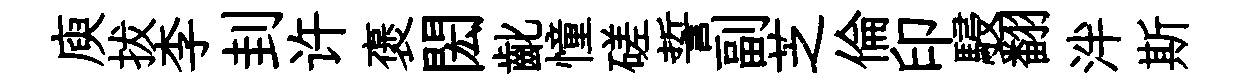
庾拔李刲许褒閎齔憧磋誓副芝倫印駸翻泮斯